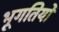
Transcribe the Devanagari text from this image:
भूगतियों